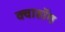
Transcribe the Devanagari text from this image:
क्वाहॉग